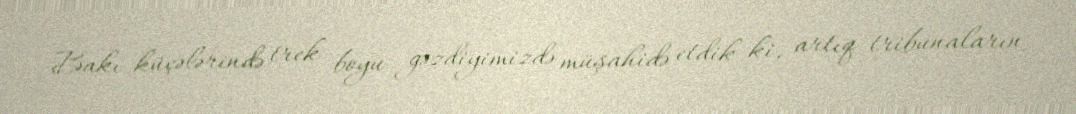
Bakı küçələrində trek boyu gəzdiyimizdə müşahidə etdik ki, artıq tribunaların